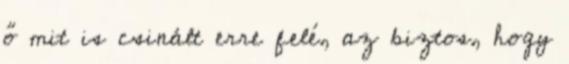
ő mit is csinált erre felé, az biztos, hogy